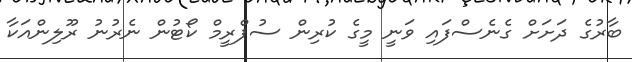
ބާރުގެ ދަށަށް ގެނެސްފައި ވަނީ މީގެ ކުރިން ސުޕްރީމް ކޯޓުން ނެރުނު ރޫލިންއަކާ